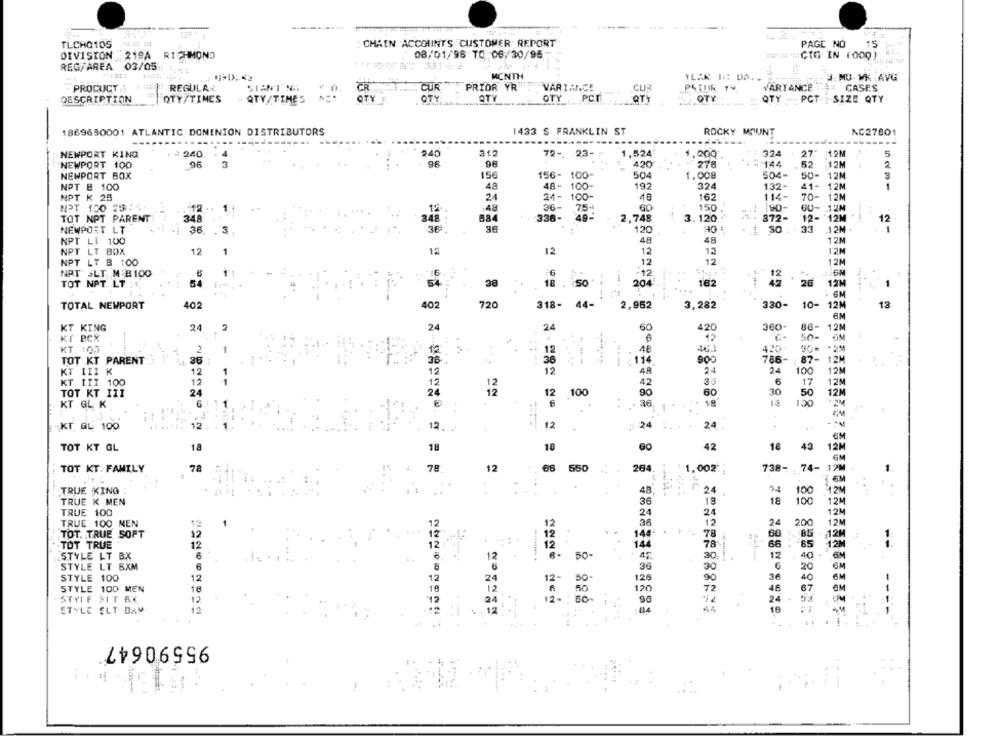
-----
TLCHO105
CHAIN ACCOUNTS CUSTOMER REPORT
PAGE NO
08/01/96 TO:06/30/95-"
DIVISION 219A RICHMOND
REG/AREA 03/05
MONTH
TLAK I :: DA. -
. 3. MU- MK AVG
PROCUCT !
REGULA
SIANI'NE
CR
CUR
PRIOR YR
VARIANCE
CUR
VARIANCE : # CASES
OTY
DESCRIPTION
QTY/TIMES
- QTY/TIMES
QTY
OTY
STY
OTY
PCT
OTY
QTY - PCT } SIZE QTY
1869690001 ATLANTIC DOMINION DISTRIBUTORS
1433 $ FRANKLIN ST
ROCKY MOUNT
NC27601
-----...
NEWPORT KING
# 240
240
312
72- 23-
1,524
1,200'
: 324
27"
:12M
5
NEWPORT 100
96
96
420
278
# 144
52
2
NEWPORT BOX
15€
156- 100-
504
1.000
504-
12M
3
48- 100-
192
324
132-
41-
12M
1
NPT B 100
MPT K 25
24
24-
100-
48
162
114-
70- 12M
NPT 100 25:4
1%
:48
36 -
75-
60
150
.1 190-
OU-
60- 12M
336-
12M .
TOT NPT PARENT
684
2,748
3. 120
372-
12-
NEWPORT LT
36
. 3
36
35
120
30
33
12M.
12
NPT LI 100
48
48
12M
NPT LT BOX
12
1
12
12
12
12
12M
12
NPT LT B :00
12
12M
NRT' JLT M B 100
6
4 .
:42
TOT NPT. LT
18
SO " 1
204
:
20
12M
54
38
162
-
TOTAL NEWPORT
402
720
318-
44-
2,952
3,282
330-
10-
12M
13
$02
6M
KT KING
24
360-
86-
12M
24
60
420
Kr eCX
50-
KT :02
2
425+
1
TOT KT PARENT
...
114.
900
786-
:87-
12M
KT III K
48
2.
100
12M
KT III 100
12
42
6
17
12M
TOT KT III
24
12
12 100
90
60
30
50
OCI
12M
1
KT GL K
6
6
:
. 26
1
18
2M
. 4
KT, GL 100
12
12
: 24
24 .
EM
43
12M
TOT KT GL
18
18
18
42
6M
TOT KT: FAMILY
12
68 550
1.002'
738- . 74- 12M
264.
TRUE KING
48
24
24
124
100
TRUE K MEN
36
18
18
100
12M
TRUE 100
24
24
12M
TRUE 100 NEN
12
12
36
12
24
200
12M
TOT. TRUE SOFT
12
12
148
78
60
i12M
85 .
TOT TRUE
12
144
78
66
-65
12M
--
STYLE LT BX
50.
45
30; . .
12
40
20
STYLE LT BXM
6
36
30
6
STYLE 100
12
126
90
36
40
12-
72
48
67
STYLE 100 MEN
18
120
STYLE FIT RX
12
24
STYLE ELT BAM
46
18
. ..
95590647